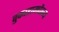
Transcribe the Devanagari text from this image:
तुकारामचैतन्य